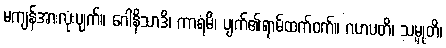
မကျန်အားလုံးပျက်။ ဂေါနိသာဒိ၊ ကာရံမိ၊ ပျက်၏ရာမ်ထက်ဝက်။ ဂဟပတိ၊ သမ္မုတိ၊